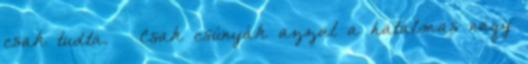
csak tudta. – Csak csúnyák azzal a hatalmas nagy